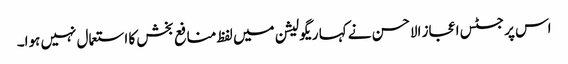
اس پر جسٹس اعجاز الاحسن نے کہا ریگولیشن میں لفظ منافع بخش کا استعمال نہیں ہوا۔